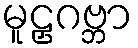
မူဠှဂဗ္ဘာ